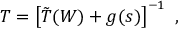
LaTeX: T = \left[ \tilde { T } ( W ) + g ( s ) \right] ^ { - 1 } ~ ,